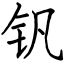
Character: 钒